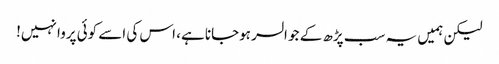
لیکن ہمیں یہ سب پڑھ کے جو السر ہوجانا ہے، اس کی اسے کوئی پروا نہیں!